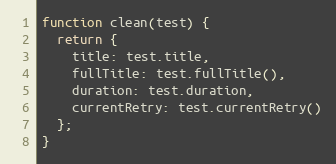
Language: JavaScript
function clean(test) {
  return {
    title: test.title,
    fullTitle: test.fullTitle(),
    duration: test.duration,
    currentRetry: test.currentRetry()
  };
}